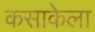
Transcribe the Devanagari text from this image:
कसाकेला